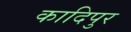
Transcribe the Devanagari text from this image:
कादिपुर